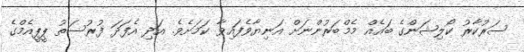
ސަރުކާރު ކޯލިޝަންގެ ބައެއް މެމްބަރުންނަށް އަނިޔާވެފައިވާ ކަމަށެވެ. އަދި އެފަދަ ފުރުސަތު ޕީޕީއެމްގެ